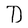
Character: D